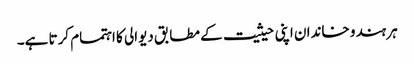
ہر ہندو خاندان اپنی حیثیت کے مطابق دیوالی کا اہتمام کرتا ہے۔